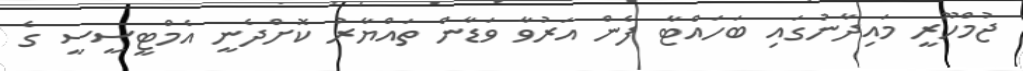
ޖުމްހޫރީ މައިދާނުގައި ބަހައްޓާ ފެން އަރުވާ ވަޑާން ތައްޔާރު ކޮށްދެނީ އެމްޓީސީސީ ގެ